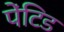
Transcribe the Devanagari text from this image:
पेंटिड